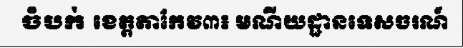
ចំបក់ ខេត្តតាកែវ៣៖ មណីយដ្ឋានទេសចរណ៍